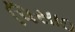
પિસાઇ